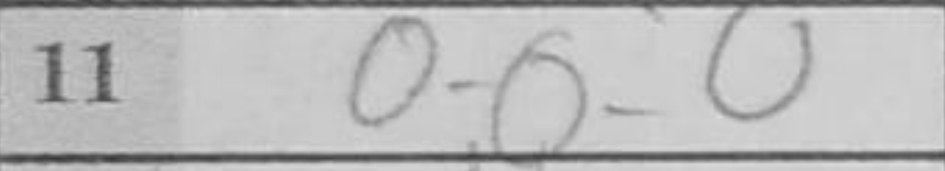
Transcription: O-O-O